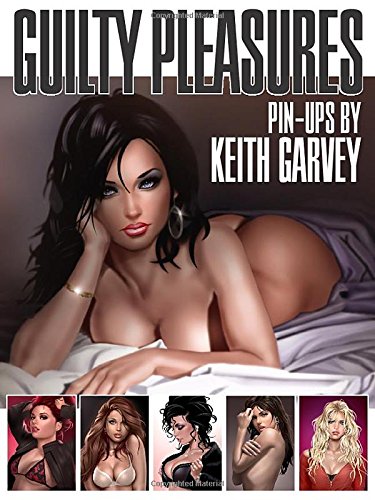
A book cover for Guilty Pleasures: Pin-Ups by Keith Garvey; Keith Garvey; Comics & Graphic Novels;